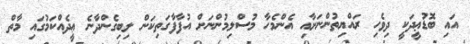
އައި ބޮޑުޢީދަކީ ދިވެހި ރައްޔިތުންނަށާއި އެންމެހާ މުސްލިމުންނަށް އުފާފާގަތިކަން ލިބިގެންދާނެ ޢީދެއްކަމުގައި މާތް